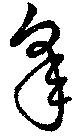
皐